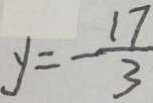
y = - \frac { 1 7 } { 3 }